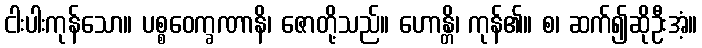
ငါးပါးကုန်သော။ ပစ္စဝေက္ခဏာနိ၊ ဇောတို့သည်။ ဟောန္တိ၊ ကုန်၏။ စ၊ ဆက်၍ဆိုဦးအံ့။